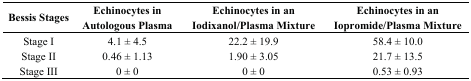
| Bessis Stages | Echinocytes in Autologous Plasma | Echinocytes in an Iodixanol/Plasma Mixture | Echinocytes in an Iopromide/Plasma Mixture |
 | --- | --- | --- | --- |
 | Stage I | 4.1 ± 4.5 | 22.2 ± 19.9 | 58.4 ± 10.0 |
 | Stage II | 0.46 ± 1.13 | 1.90 ± 3.05 | 21.7 ± 13.5 |
 | Stage III | 0 ± 0 | 0 ± 0 | 0.53 ± 0.93 |